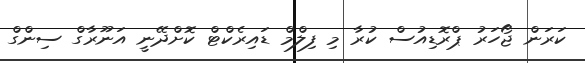
ކަރަން ޖޯހަރު ޕްރޮޑިއުސް ކުރާ މި ފިލްމް ޑައިރެކްޓް ކޮށްދޭނީ އަނޫރާގް ސިންގް